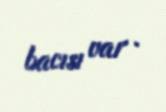
bacısı var .